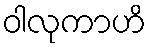
ဝါလုကာဟိ